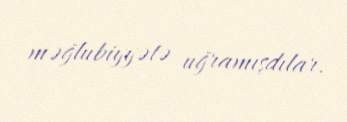
məğlubiyyətə uğramışdılar.